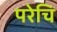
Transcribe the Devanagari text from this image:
परेचि